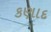
કણાદ